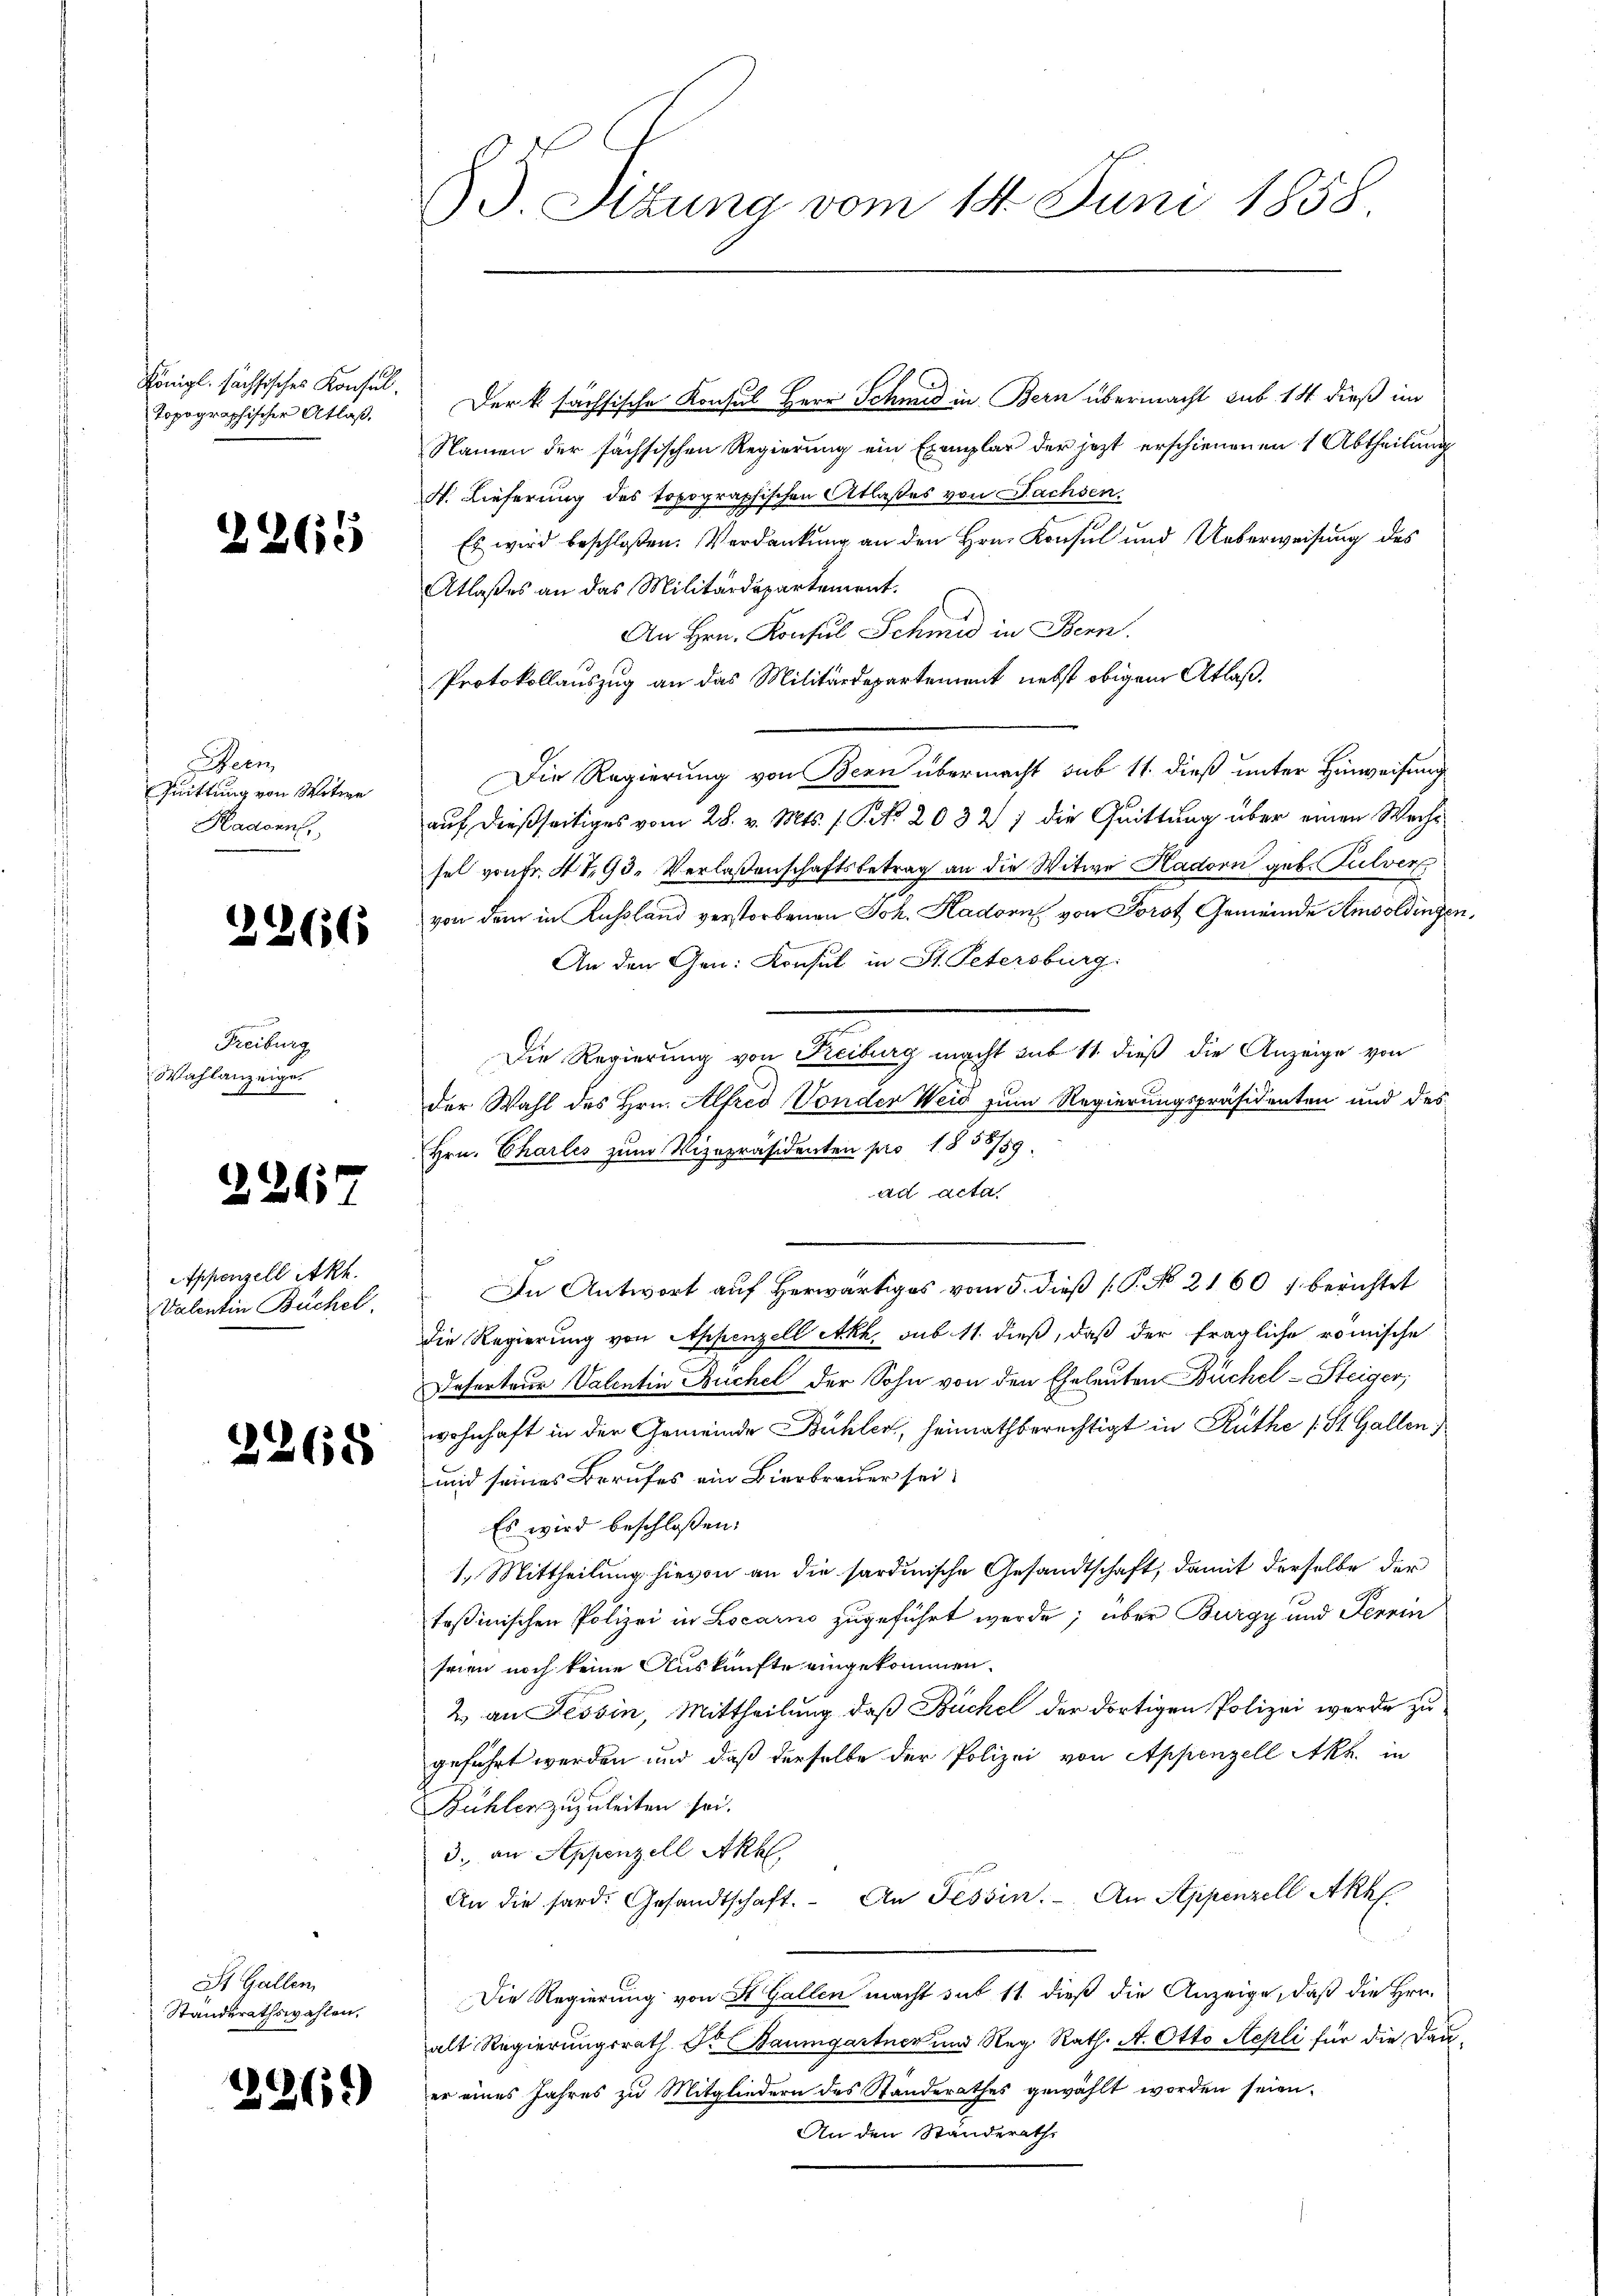
Königl. sächsisches Konsul
topographischer Atlaß.

2265

Heer
Quittung von Witie
Kadonn

Freiburg
Wahlanzeige

2266

2267

Appenzell Akt.
Valentin Buchel

2268

St. Gallen
Standerathswahlen,

2269

Der k. sächsische Konsul Herr Schmid in Bern übermacht sub 14 dieß im
Namen der sächsischen Regierung ein Exemplar der jezt erschienenen 1 Abtheilung
N. Lieferung des topographischen Atlaßes von Sachsen.
Es wird beschloßen: Verdankung an den Hrn. Konsul und Ueberweisung des
Atlaßes an das Militärdepartement.
An Hrn. Konsul Schmid in Bern.
Protokollauszug an das Militärdepartement nebst obigem Atlaß¬
Die Regierung von Bern übermacht sub 14. dieß unter Hinweisung
auf dießseitiges vom 28. v. Mts. 1. P. Nr. 2032 7 die Quittung über einen Wechsel von Fr. 4493. Verlaßenschaftsbetrag an die Witwe Hadorn geb. Pulver
von dem in Kussland verstorbenen Joh. Hadorn von Forst Gemeinde Amsoldingen,
An den Gen. Konsul in St. Petersburg.
Die Regierung von Freiburg macht sub 11. dieß die Anzeige von
der Wahl des Hrn. Alfred Vonder Weid zum Regierungspräsidenten und des
Hrn. Charles zum Vizepräsidenten pro 1858/59.
ad Acta.
In Antwort auf herwärtiges vom 5. dieß P. No. 2160 / berichtet
die Regierung von Appenzell Akh. sub 11. dieß, daß der fragliche römische
Deserteur Valentin Buchel der Sohn von den Eheleuten Büchel-Steiger,
wohnhaft in der Gemeinde Bühler, heimathberechtigt in Ruthe (: St. Gallen
und seines Berufes ein Bierbrauer sei.
Es wird beschloßen:
1. Mittheilung hievon an die sardinische Gesandtschaft, damit derselbe der
teßinischen Polizei in Locarno zugeführt werde; über Burgy und Terrin
seien noch keine Auskünfte eingekommen.
2 an Tessin, Mittheilung, daß Büche der dortigen Polizei werde zu
geführt werden und daß derselbe der Polizei von Appenzell Akh. in
Bühler zuzuleiten sei.
3. an Appenzell Akh
An die sard. Gesandtschaft. An Tessin. An Appenzell Akk
Die Regierung von St. Gallen macht sub 11 dieß die Anzeige, daß die Hrn.
alt Regierungsrath Dr Baumgartner und Reg. Rath. A. Otto Aepli für die Dauer eines Jahres zu Mitgliedern des Standerathes gewählt worden seien.
An den Standerath,

§ 5. Sizung vom 14. Juni 1858.